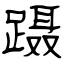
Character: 蹑